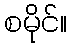
စမိုင်။